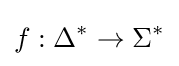
f:\Delta ^{*}\rightarrow \Sigma ^{*}